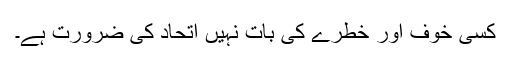
کسی خوف اور خطرے کی بات نہیں اتحاد کی ضرورت ہے۔